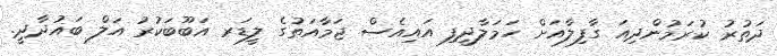
ދަތުރު ކުރަމުންދިއަ ގާފިލާއަށް ހަމަލާދީފި އައިއެސް ޖަމާއަތުގެ ލީޑަރ އަބޫބަކުރު އަލް ބަޣުދާދީ.